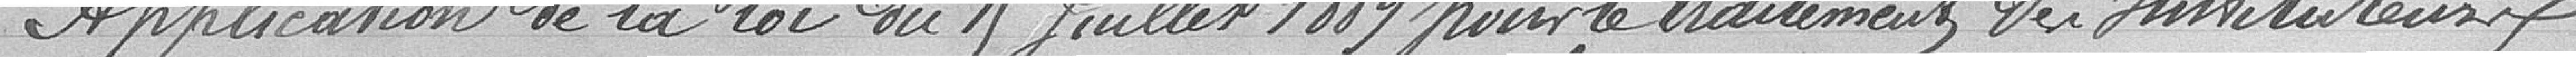
Application de la loi du 15 juillet 1889 pour le traitement des Instituteurs